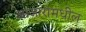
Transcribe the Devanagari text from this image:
आजारांमधील